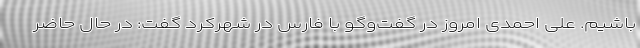
باشیم. علی احمدی امروز در گفت‌وگو با فارس در شهرکرد گفت: در حال حاضر